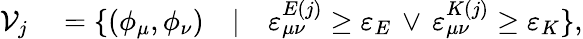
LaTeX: \begin{array}{rl}{\mathcal{V}_{j}}&{{}=\{ (\phi_{\mu},\phi_{\nu})\quad\vert\quad\varepsilon_{\mu\nu}^{E(j)}\geq\varepsilon_{E}\, \lor\, \varepsilon_{\mu\nu}^{K(j)}\geq\varepsilon_{K}\} ,}\end{array}